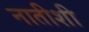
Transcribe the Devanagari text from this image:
नातीशी